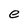
Character: e